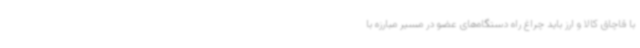
با قاچاق کالا و ارز باید چراغ راه دستگاه‌های عضو در مسیر مبارزه با